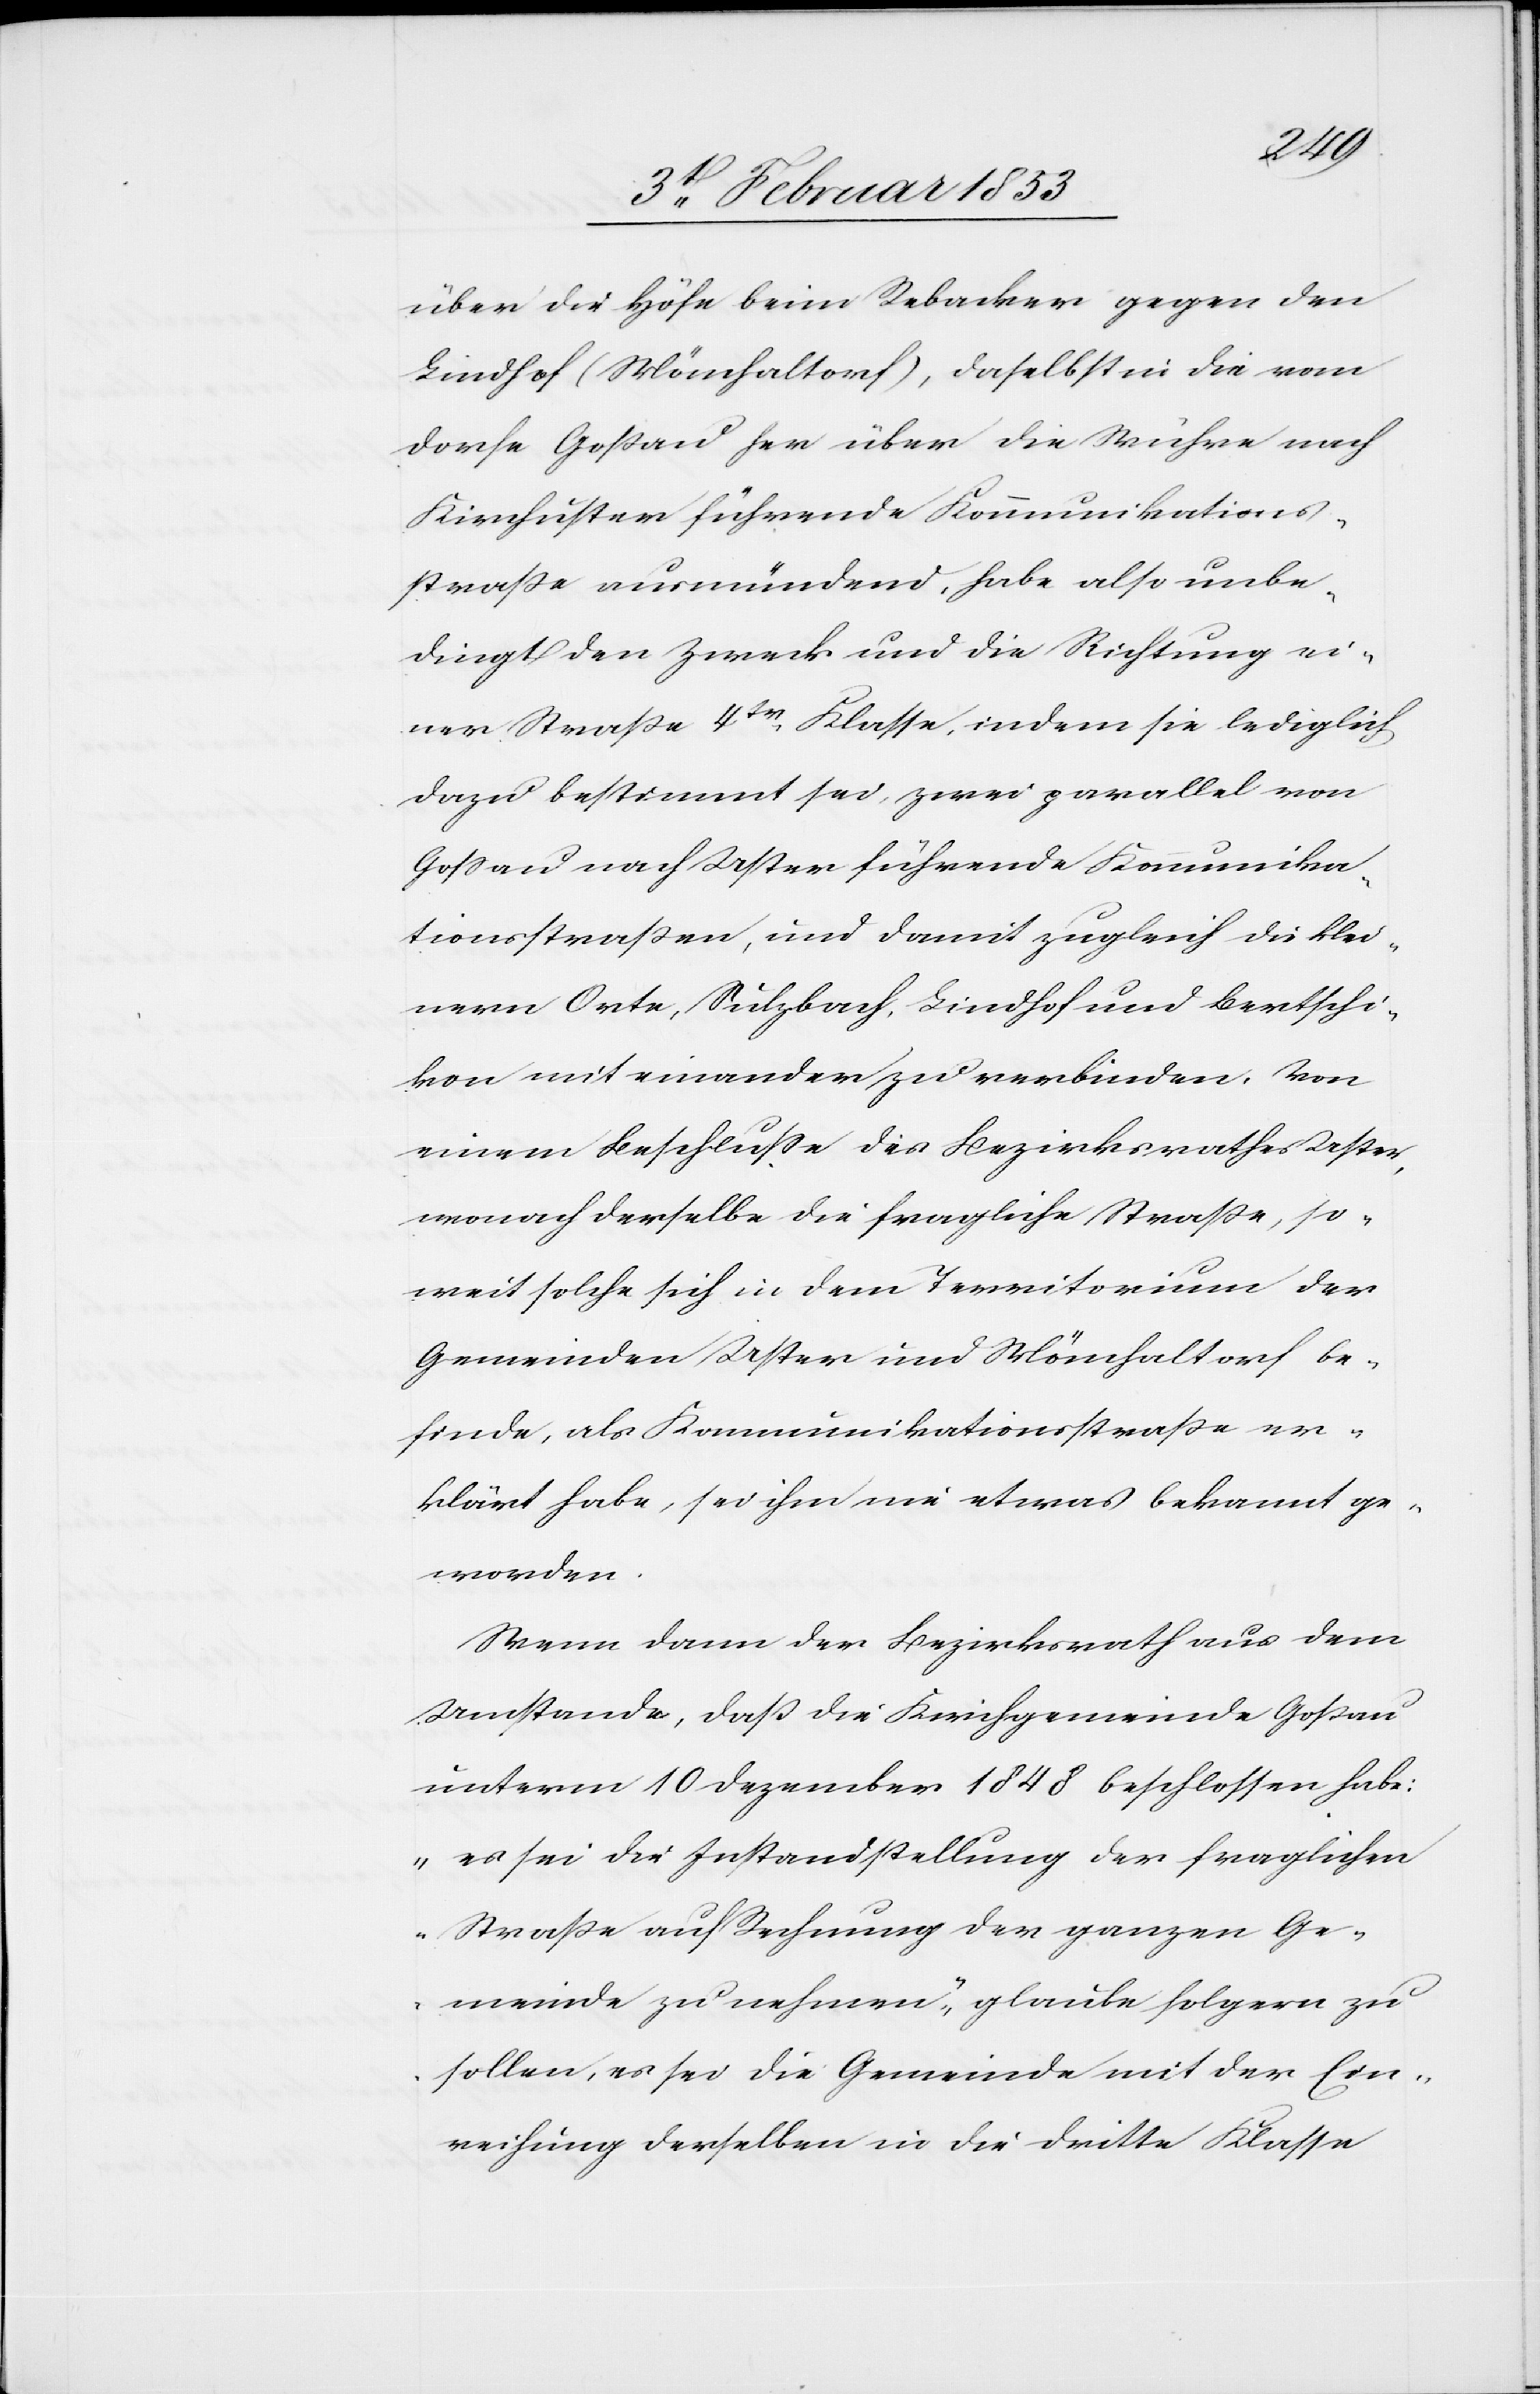
über die Höfe beim Rebacker gegen den
Lindhof (Mönchaltorf), daselbst in die vom
Dorfe Goßau her über die Wuhre nach
Kirchuster führende Kommunikations¬
straße ausmündend, habe also unbe¬
dingt den Zweck und die Richtung ei¬
ner Straße 4tr. Klasse, indem sie lediglich
dazu bestimmt sei, zwei parallel von
Goßau nach Uster führende Kommunika¬
tionsstraßen, und damit zugleich die klei¬
nern Orte, Sulzbach, Lindhof und Bertschi¬
kon mit einander zu verbinden. Von
einem Beschluße des Bezirksrathes Uster,
wonach derselbe die fragliche Straße, so¬
weit solche sich in dem Territorium der
Gemeinden Uster und Mönchaltorf be¬
finde, als Kommunikationsstraße er¬
klärt habe, sei ihm nie etwas bekannt ge¬
worden.
Wenn dann der Bezirksrath aus dem
Umstande, daß die Kirchgemeinde Goßau
unterm 10 Dezember 1848 beschlossen habe:
„es sei die Instandstellung der fraglichen
Straße auf Rechnung der ganzen Ge¬
meinde zu nehmen“, glaube folgern zu
sollen, es sei die Gemeinde mit der Ein¬
reihung derselben in die dritte Klasse